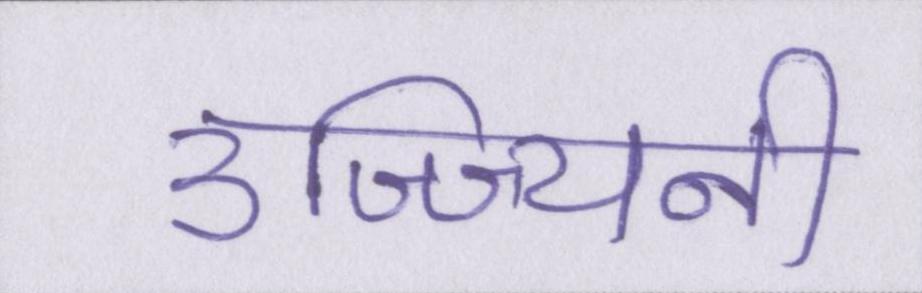
उज्ज्यिनी